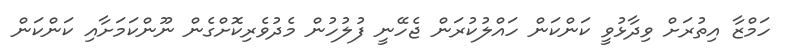
ހަމްޒާ އިތުރަށް ވިދާޅުވީ ކަންކަން ހައްލުކުރަން ޖެހޭނީ ފުލުހުން މެދުވެރިކޮށްގެން ނޫންކަމަށާއި ކަންކަން